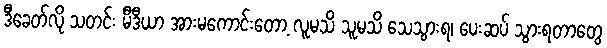
ဒီခေတ်လို သတင်း မီဒီယာ အားမကောင်းတော့ လူမသိ သူမသိ သေသွားရ၊ ပေးဆပ် သွားရတာတွေ